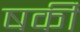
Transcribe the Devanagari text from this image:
षर्की